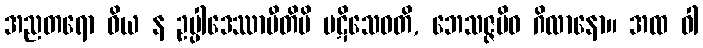
အညတရော ဝိယ န ဥပ္ပါဒေဿာမီတိပိ ပဋိသေဝတိ, ဘေသဇ္ဇမိဝ ဂိလာနော။ အထ ဝါ